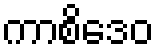
ကာစိဒေဝ